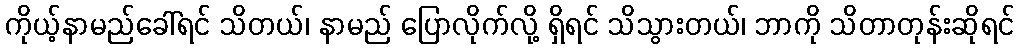
ကိုယ့်နာမည်ခေါ်ရင် သိတယ်၊ နာမည် ပြောလိုက်လို့ ရှိရင် သိသွားတယ်၊ ဘာကို သိတာတုန်းဆိုရင်